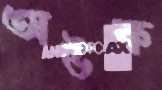
অউক